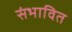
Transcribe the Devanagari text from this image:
संभावित